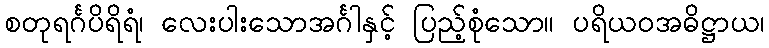
စတုရင်္ဂပိရိရံ၊ လေးပါးသောအင်္ဂါနှင့် ပြည့်စုံသော။ ပရိယဝအဓိဋ္ဌာယ၊